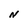
Character: N